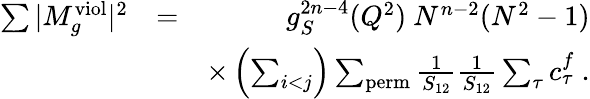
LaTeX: \begin{array}{rlr}{\sum\vert M_{g}^{\mathrm{viol}}\vert^{2}}&{=}&{g_{S}^{2n-4}(Q^{2})~N^{n-2}(N^{2}-1)}\\ &{}&{\times\left(\sum_{i<j}\right)\sum_{\mathrm{perm}}\frac{1}{S_{12}}\frac{1}{S_{12}}\sum_{\tau}c_{\tau}^{f}~.}\end{array}